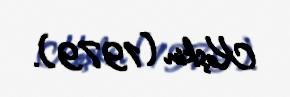
Koşkin (1979).